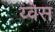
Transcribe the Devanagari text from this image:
य्वेस